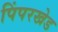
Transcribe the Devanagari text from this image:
पिंपरखेड